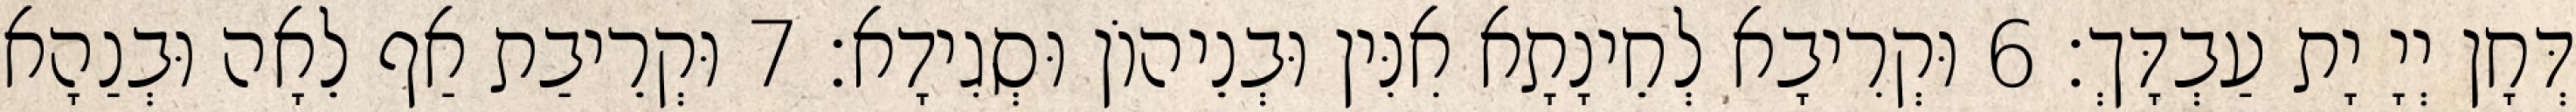
דְּחָן יְיָ יָת עַבְדָּךְ׃ 6 וּקְרִיבָא לְחֵינָתָא אִנִּין וּבְנֵיהוֹן וּסְגִידָא׃ 7 וּקְרֵיבַת אַף לֵאָה וּבְנַהָא